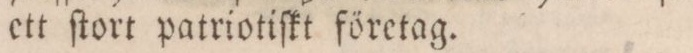
ett ſtort patriotiſkt företag.